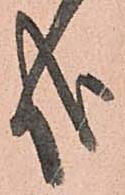
哉